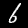
Digit: 6